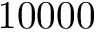
1 0 0 0 0